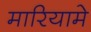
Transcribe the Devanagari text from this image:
मारियामे